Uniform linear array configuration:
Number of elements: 24
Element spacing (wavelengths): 0.75
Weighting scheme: hamming
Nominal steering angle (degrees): -15
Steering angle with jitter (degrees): -16.988
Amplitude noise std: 0.05
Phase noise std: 0.05

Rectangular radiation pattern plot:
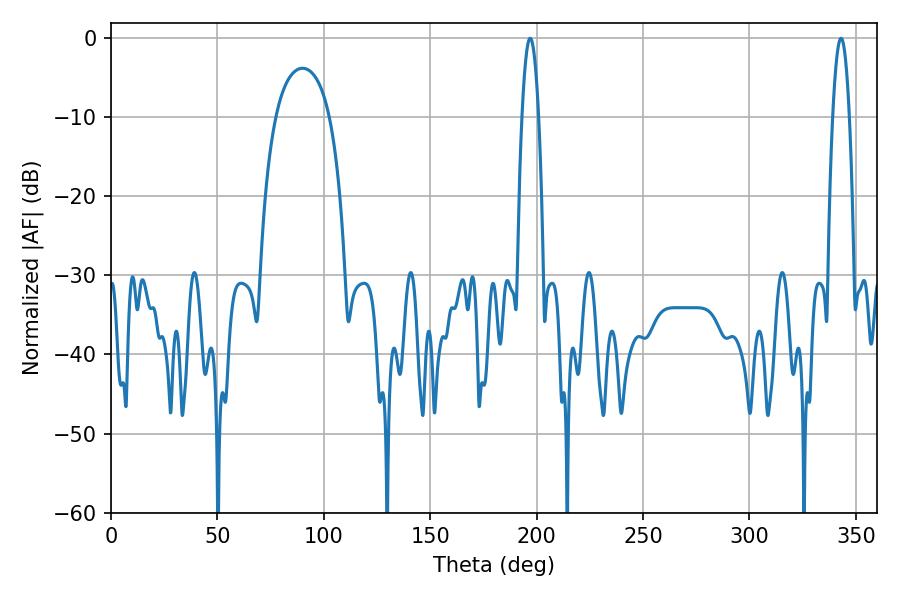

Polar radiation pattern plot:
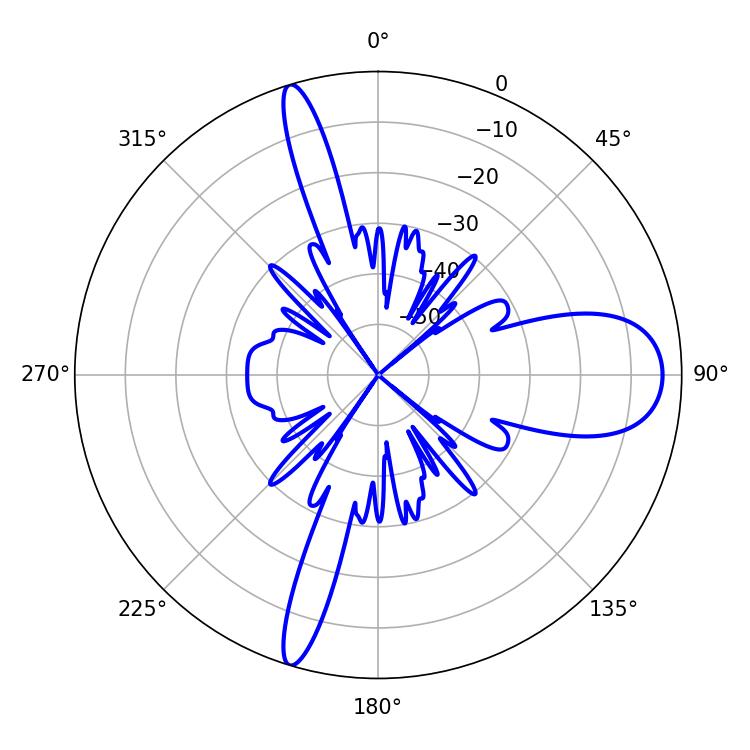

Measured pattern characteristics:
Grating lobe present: TRUE
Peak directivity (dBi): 13.525
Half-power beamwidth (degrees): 4.32
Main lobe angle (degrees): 196.92